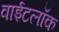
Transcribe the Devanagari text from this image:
वाईटलॉक